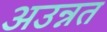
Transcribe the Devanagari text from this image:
अउन्नत